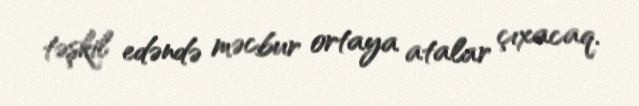
təşkil edəndə məcbur ortaya atalar çıxacaq.